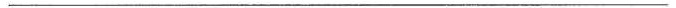
___